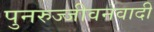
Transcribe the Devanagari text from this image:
पुनरुज्जीवनवादी